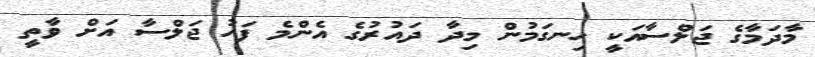
މާދަމާގެ ޖަލްސާއަކީ ހިނގަމުން މިދާ ދައުރުގެ އެންމެ ފަހު ޖަލްސާ އަށް ވާތީ